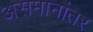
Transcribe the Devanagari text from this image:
असमानांतर